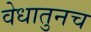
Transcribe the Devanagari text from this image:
वेधातुनच